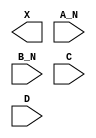
/**
 * Copyright 2020 The SkyWater PDK Authors
 *
 * Licensed under the Apache License, Version 2.0 (the "License");
 * you may not use this file except in compliance with the License.
 * You may obtain a copy of the License at
 *
 *     https://www.apache.org/licenses/LICENSE-2.0
 *
 * Unless required by applicable law or agreed to in writing, software
 * distributed under the License is distributed on an "AS IS" BASIS,
 * WITHOUT WARRANTIES OR CONDITIONS OF ANY KIND, either express or implied.
 * See the License for the specific language governing permissions and
 * limitations under the License.
 *
 * SPDX-License-Identifier: Apache-2.0
 */

`ifndef SKY130_FD_SC_HD__AND4BB_BLACKBOX_V
`define SKY130_FD_SC_HD__AND4BB_BLACKBOX_V

/**
 * and4bb: 4-input AND, first two inputs inverted.
 *
 * Verilog stub definition (black box without power pins).
 *
 * WARNING: This file is autogenerated, do not modify directly!
 */

`timescale 1ns / 1ps
`default_nettype none

(* blackbox *)
module sky130_fd_sc_hd__and4bb (
    X  ,
    A_N,
    B_N,
    C  ,
    D
);

    output X  ;
    input  A_N;
    input  B_N;
    input  C  ;
    input  D  ;

    // Voltage supply signals
    supply1 VPWR;
    supply0 VGND;
    supply1 VPB ;
    supply0 VNB ;

endmodule

`default_nettype wire
`endif  // SKY130_FD_SC_HD__AND4BB_BLACKBOX_V